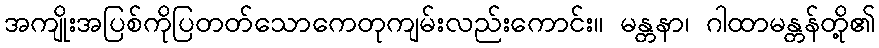
အကျိုးအပြစ်ကိုပြတတ်သောကေတုကျမ်းလည်းကောင်း။ မန္တနာ၊ ဂါထာမန္တန်တို့၏